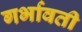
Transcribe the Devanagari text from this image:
गर्भावती